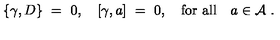
\{ \gamma , D \} \ = \ 0 , \quad [ \gamma , a ] \ = \ 0 , \quad \mathrm { f o r \ a l l } \quad a \in { \mathcal A } \ .